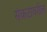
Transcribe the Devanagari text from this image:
संकटावरील